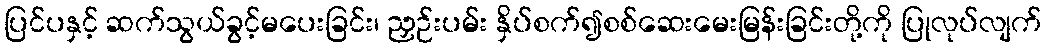
ပြင်ပနှင့် ဆက်သွယ်ခွင့်မပေးခြင်း၊ ညှဉ်းပမ်း နှိပ်စက်၍စစ်ဆေးမေးမြန်းခြင်းတို့ကို ပြုလုပ်လျက်